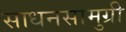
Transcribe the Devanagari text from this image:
साधनसामुग्री